Civil Veterinary Department Bihar reports 1936-40 - 1936-1940
Year: 1936
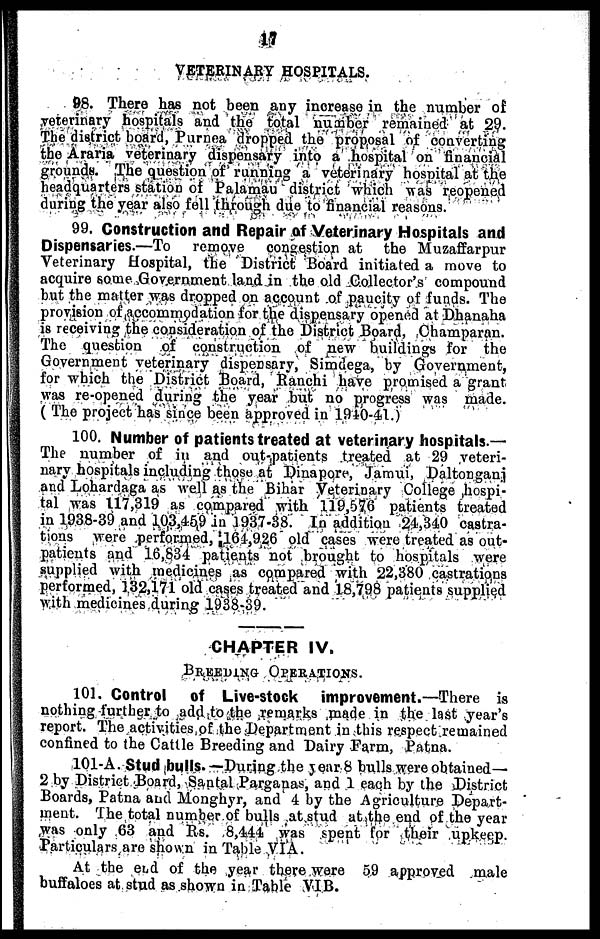
17
VETERINARY HOSPITALS.
98. There has not been any increase in the number of
veterinary hospitals and the total number remained at 29.
The district board, Purnea dropped the proposal of converting
the Araria veterinary dispensary into a hospital on financial
grounds. The question of running a veterinary hospital at the
headquarters station of Palaman district which was reopened
during the year also fell through due to financial reasons.
99. Construction and Repair of Veterinary Hospitals and
Dispensaries.—To
remove congestion at the Muzaffarpur
Veterinary Hospital, the District Board initiated a move to
acquire some Government land in the old Collector's compound
but the matter was dropped on account of paucity of funds. The
provision of accommodation for the dispensary opened at Dhanaha
is receiving the consideration of the District Board, Champaran.
The question of construction of new buildings for the
Government veterinary dispensary, Simdega, by Government,
for which the District Board, Ranchi have promised a grant
was re-opened during the year but no progress was made.
(The project has since been approved in 1940-11.)
100. Number of patients treated at veterinary hospitals.—
The number of in and out-patients treated at 29 veteri-
nary hospitals including those at Dinapore, Jamui, Daltonganj
and Lohardaga as well as the Bihar Veterinary College hospi-
tal was 117,319 as compared with 119,070 patients treated
in 1938-39 and 103,459 in 1937-38. In addition 24,340 castra-
tions were performed, 164,926 old cases were treated as out-
patients and 16,834 patients not brought to hospitals were
supplied with medicines as compared with 22,380 castrations
performed, 132,171 old cases treated and 18,798 patients supplied
with medicines during 1938-39
CHAPTER IV.
Breeding Operations.
101. Control
of Live-stock
improvement.—There is
nothing further to add to the remarks made in the last year's
report. The activities of the Department in this respect remained
confined to the Cattle Breeding and Dairy Farm, Patna.
101-A. Stud bulls.—During the year 8 bulls were obtained —
2 by District Board, Santal Parganas, and 1 each by the District
Boards, Patna and Monghyr, and 4 by the Agriculture Depart-
ment. The total number of bulls at stud at the end of the year
was only 63 and Rs. 8,444 was spent for their upkeep.
Particulars are shown in Table VIA.
At the end of the year there were 59 approved male
buffaloes at stud as shown in Table VIB.